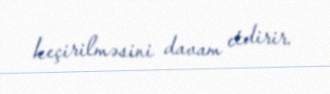
keçirilməsini davam etdirir.